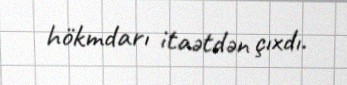
hökmdarı itaətdən çıxdı.